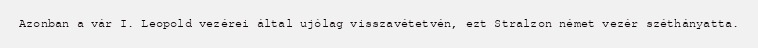
Azonban a vár I. Leopold vezérei által ujólag visszavétetvén, ezt Stralzon német vezér széthányatta.